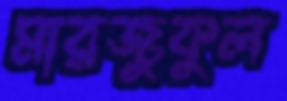
মারজুকুল